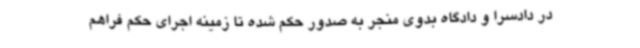
در دادسرا و دادگاه بدوی منجر به صدور حکم شده تا زمینه اجرای حکم فراهم